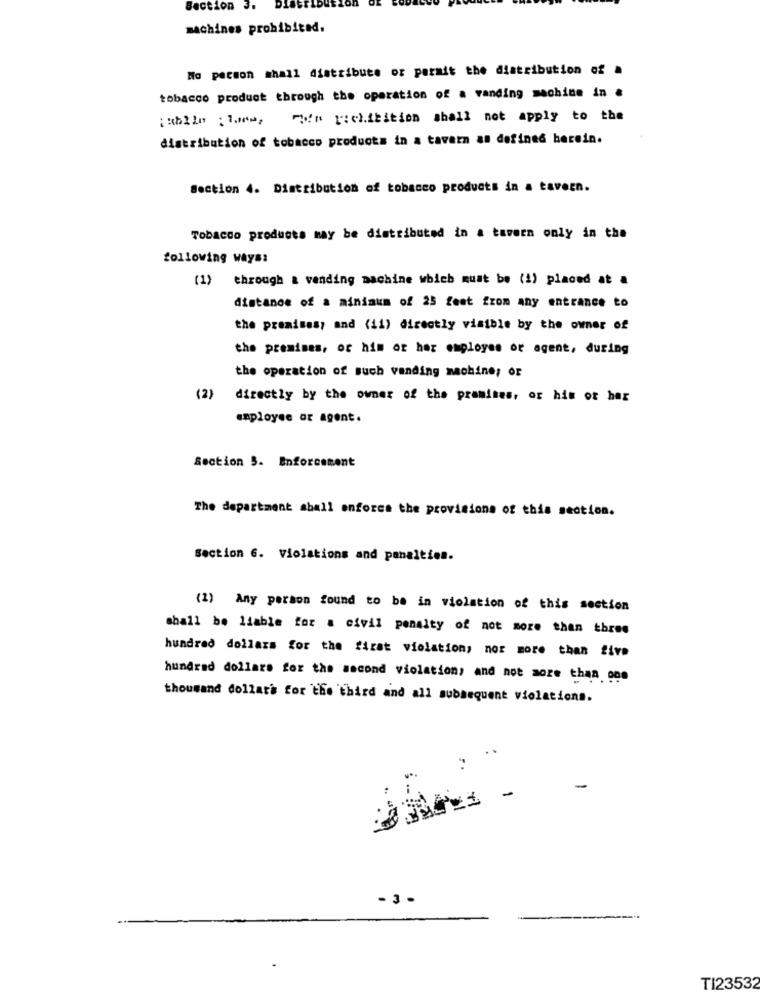
Section 3.
machines prohibited.
No pacton shall distribute or porait the distribution of
tobacco product through the operation of a vanding machine in #
;ublle :laem, Fin richibition shall not apply to the
distribution of tobacco products in a tavern as defined herein.
Section 4. Distribution of tobacco products in a tavern.
Tobacco products may be distributed in a tavern only in the
following ways:
(1) through & vending machine which must be (2) placed at a
distance of a minimum of 25 feet from any entrance to
the premises; and (ii) directly visible by the owner of
the premises, or him or her employee or agent, during
the operation of such vending machine; or
(2) directly by the owner of the premises, or his or her
employee or agent.
Section 5. Enforcement
The department shall enforce the provisions of this section.
Section 6. Violations and penalties.
(1) Any person found to be in violation of this section
shall be liable for a civil penalty of not more than three
hundred dollars for the first violation, nor more than five
hundred dollars for the second violation, and not more than one
thousand dollars for the third and all subsequent violations.
-3-
TI23532